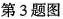
第3题图